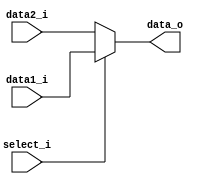
//NOT MODIFIED
//if 1 then output data1_i(the upper line), else data2_i
module MUX5(
  input       [4:0] data1_i,
  input       [4:0] data2_i,
  input             select_i,
  output reg  [4:0] data_o 
);

always@(*) begin
    if(select_i)  data_o = data1_i;
    else          data_o = data2_i;
end

endmodule